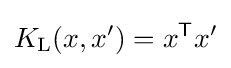
K_{\operatorname {L} }(x,x')=x^{\mathsf {T}}x'